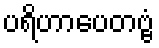
ပရိဟာပေတဗ္ဗံ